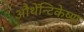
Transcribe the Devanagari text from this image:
औथेंन्टिकेष्ण